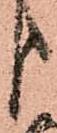
り